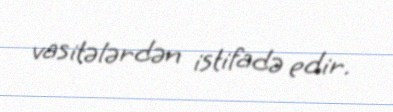
vasitələrdən istifadə edir.